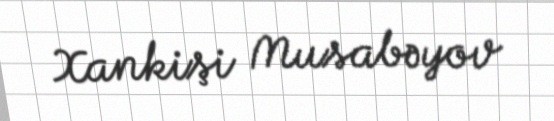
Xankişi Musabəyov